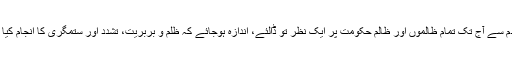
تاریخ آدم سے آج تک تمام ظالموں اور ظالم حکومت پر ایک نظر تو ڈالئے، اندازہ ہوجائے کہ ظلم و بربریت، تشدد اور ستمگری کا انجام کیا ہوا ہے۔